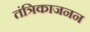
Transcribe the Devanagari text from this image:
तंत्रिकाजनन